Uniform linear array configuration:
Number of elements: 32
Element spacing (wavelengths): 0.25
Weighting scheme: uniform
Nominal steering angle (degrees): -15
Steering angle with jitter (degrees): -13.417
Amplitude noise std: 0.05
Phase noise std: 0.05

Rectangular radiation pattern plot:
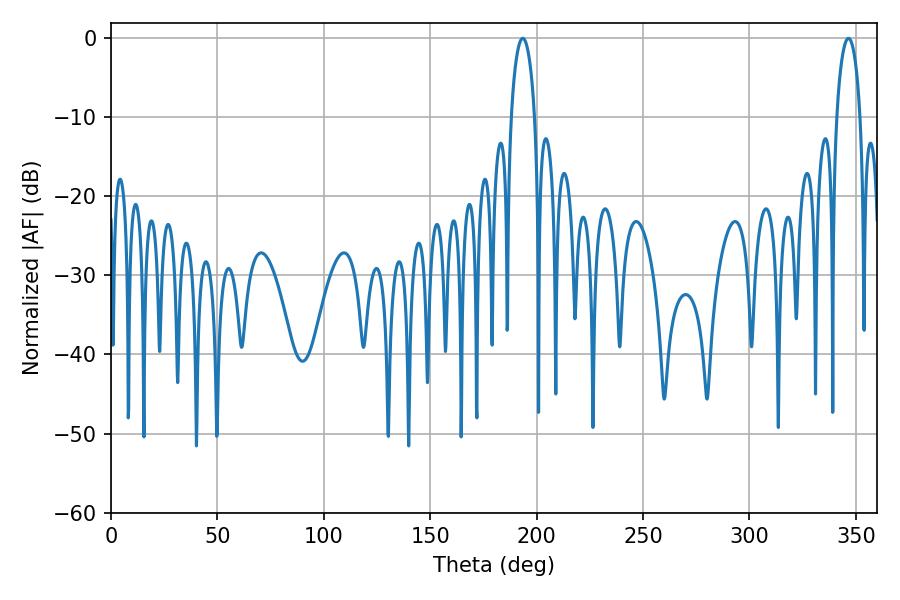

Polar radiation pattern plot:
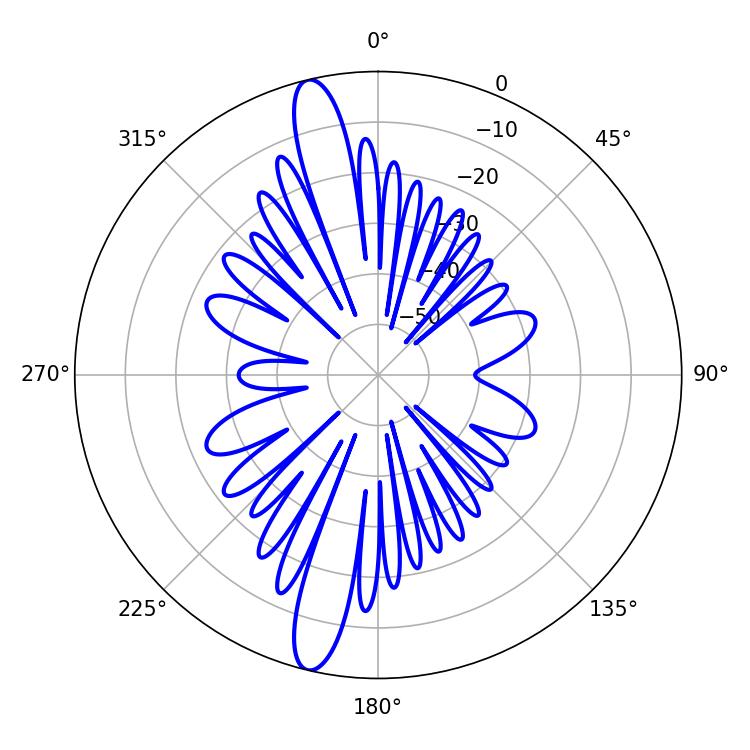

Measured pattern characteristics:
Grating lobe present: FALSE
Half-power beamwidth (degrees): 6.48
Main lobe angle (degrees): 193.5